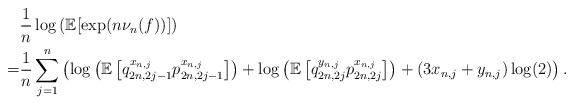
LaTeX: \begin{align*} &\frac{1}{n} \log\left(\mathbb{E}[\exp(n\nu_n(f))]\right) \\ =& \frac{1}{n} \sum \limits_{j = 1}^n \left(\log\left(\mathbb{E}\left[q_{2n, 2j - 1}^{x_{n, j}}p_{2n, 2j - 1}^{x_{n, j}}\right]\right) + \log\left(\mathbb{E}\left[q_{2n, 2j}^{y_{n, j}}p_{2n, 2j}^{x_{n, j}}\right]\right) + (3x_{n, j} + y_{n, j})\log(2)\right) . \end{align*}